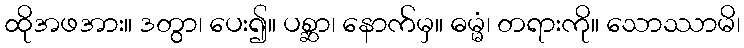
ထိုအဖအား။ ဒတွာ၊ ပေး၍။ ပစ္ဆာ၊ နောက်မှ။ ဓမ္မံ၊ တရားကို။ သောဿာမိ၊